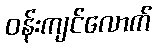
ဝန်းကျင်လောက်